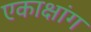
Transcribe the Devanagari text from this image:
एकाक्षांग